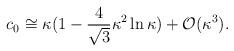
LaTeX: \begin{align*}c_0 \cong \kappa (1 - \frac{4}{\sqrt{3}} \kappa^2 \ln \kappa) +{\cal O}(\kappa^3).\end{align*}